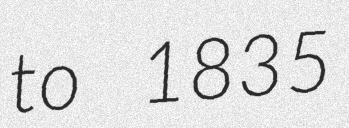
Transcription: to 1835